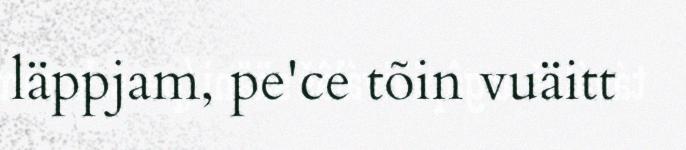
läppjam, pe'ce tõin vuäitt